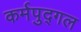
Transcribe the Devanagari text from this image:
कर्मपुद्गल